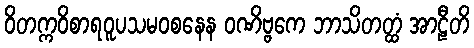
ဝိတက္ကဝိစာရဝူပသမဝစနေန ဝဏိဗ္ဗကေ ဘာသိတတ္ထံ အာဠီတိ